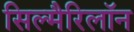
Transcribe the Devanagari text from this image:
सिल्मैरिलॉन